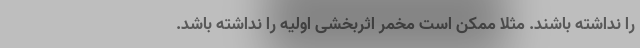
را نداشته باشند. مثلا ممکن است مخمر اثربخشی اولیه را نداشته باشد.